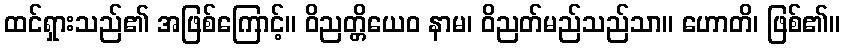
ထင်ရှားသည်၏ အဖြစ်ကြောင့်။ ဝိညတ္တိယေဝ နာမ၊ ဝိညတ်မည်သည်သာ။ ဟောတိ၊ ဖြစ်၏။